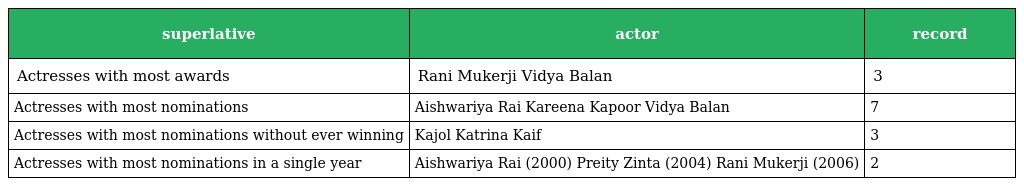
| superlative | actor | record |
 | --- | --- | --- |
 | Actresses with most awards | Rani Mukerji Vidya Balan | 3 |
 | Actresses with most nominations | Aishwariya Rai Kareena Kapoor Vidya Balan | 7 |
 | Actresses with most nominations without ever winning | Kajol Katrina Kaif | 3 |
 | Actresses with most nominations in a single year | Aishwariya Rai (2000) Preity Zinta (2004) Rani Mukerji (2006) | 2 |